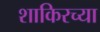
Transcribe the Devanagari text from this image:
शाकिरच्या